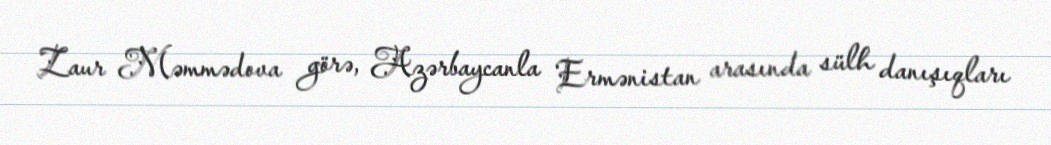
Zaur Məmmədova görə, Azərbaycanla Ermənistan arasında sülh danışıqları